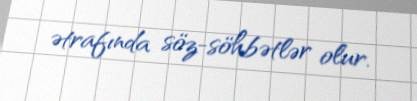
ətrafında söz-söhbətlər olur.